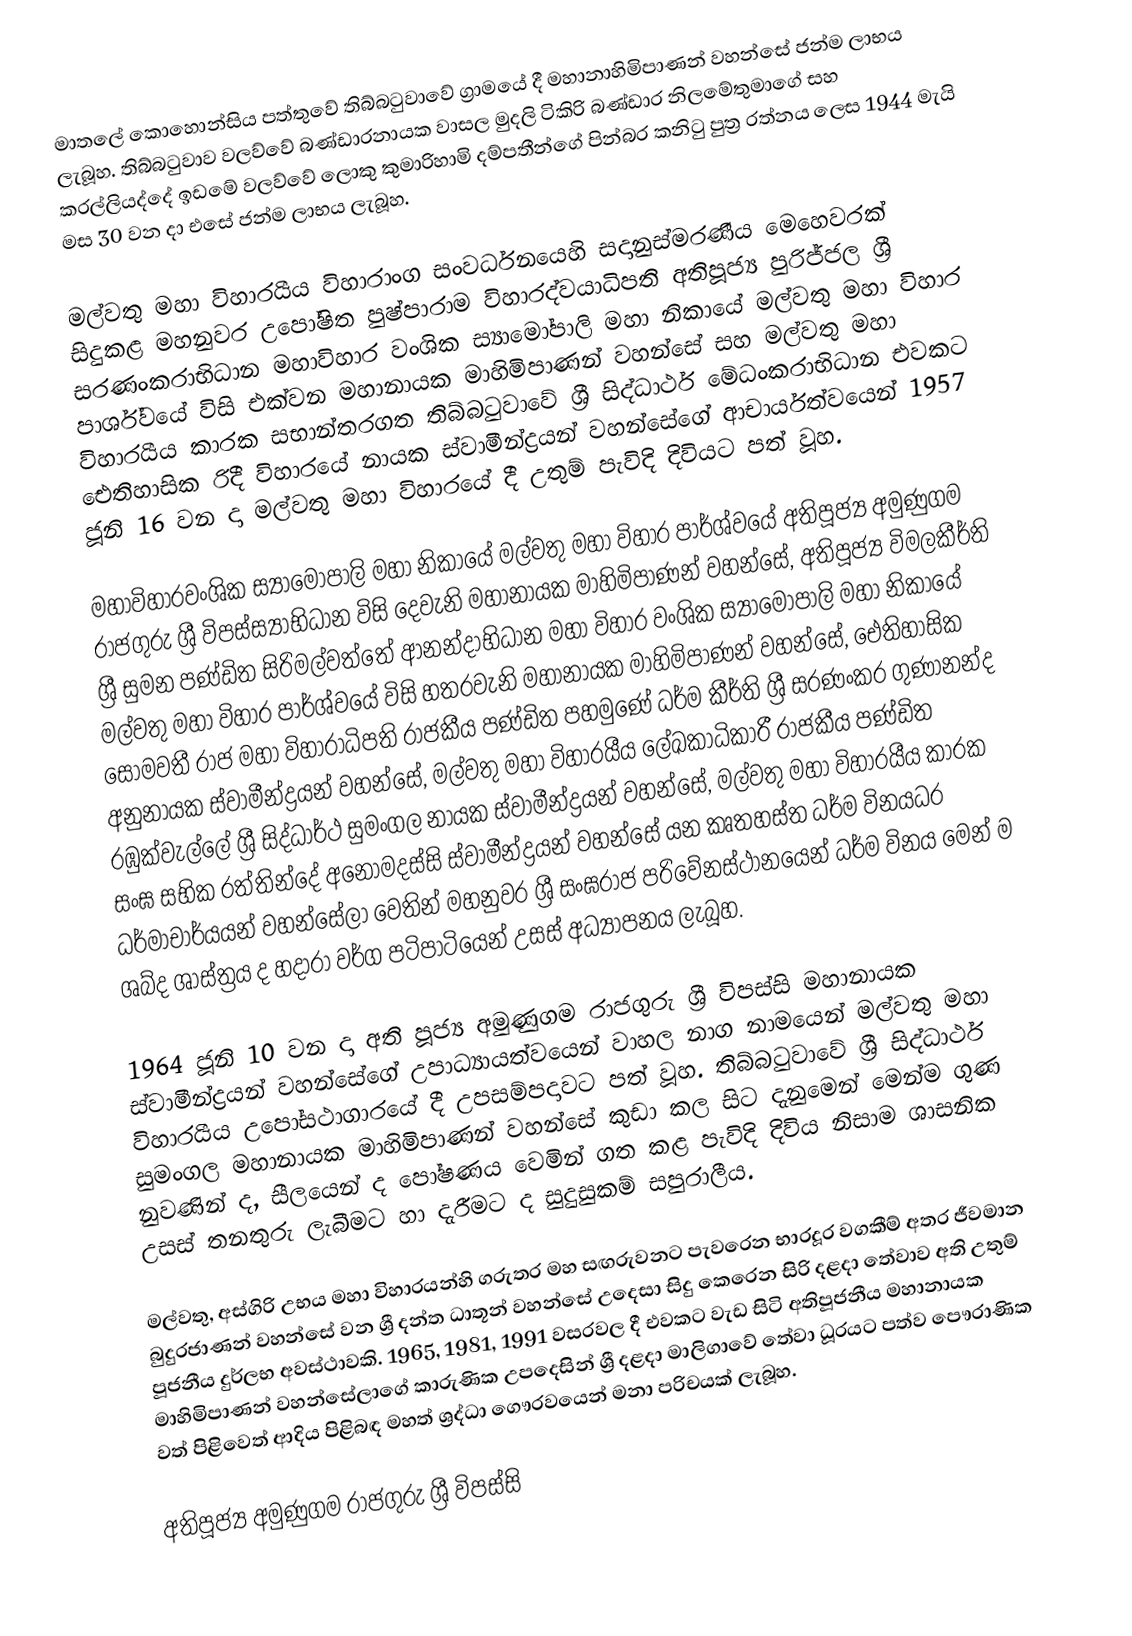
මාතලේ කොහොන්සිය පත්තුවේ තිබ්බටුවාවේ ග්‍රාමයේ දී මහානාහිමිපාණන් වහන්සේ ජන්ම ලාභය ලැබූහ. තිබ්බටුවාව වලව්වේ බණ්ඩාරනායක වාසල මුදලි ටිකිරි බණ්ඩාර නිලමේතුමාගේ සහ කරල්ලියද්දේ ඉඩමේ වලව්වේ ලොකු කුමාරිහාමි දම්පතීන්ගේ පින්බර කනිටු පුත්‍ර රත්නය ලෙස 1944 මැයි මස 30 වන දා එසේ ජන්ම ලාභය ලැබූහ.

මල්වතු මහා විහාරයීය විහාරාංග සංවර්ධනයෙහි සදානුස්මරණීය මෙහෙවරක් සිදුකළ මහනුවර උපෝෂිත පුෂ්පාරාම විහාරද්වයාධිපති අතිපූජ්‍ය පුරිජ්ජල ශ්‍රී සරණංකරාභිධාන මහාවිහාර වංශික ස්‍යාමෝපාලි මහා නිකායේ මල්වතු මහා විහාර පාර්ශ්වයේ විසි එක්වන මහානායක මාහිමිපාණන් වහන්සේ සහ මල්වතු මහා විහාරයීය කාරක සභාන්තරගත තිබ්බටුවාවේ ශ්‍රී සිද්ධාර්ථ මේධංකරාභිධාන එවකට ඓතිහාසික රිදී විහාරයේ නායක ස්වාමීන්ද්‍රයන් වහන්සේගේ ආචාර්යත්වයෙන් 1957 ජූනි 16 වන දා මල්වතු මහා විහාරයේ දී උතුම් පැවිදි දිවියට පත් වූහ.

මහාවිහාරවංශික ස්‍යාමෝපාලි මහා නිකායේ මල්වතු මහා විහාර පාර්ශ්වයේ අතිපූජ්‍ය අමුණුගම රාජගුරු ශ්‍රී විපස්ස්‍යාභිධාන විසි දෙවැනි මහානායක මාහිමිපාණන් වහන්සේ, අතිපූජ්‍ය විමලකීර්ති ශ්‍රී සුමන පණ්ඩිත සිරිමල්වත්තේ ආනන්දාභිධාන මහා විහාර වංශික ස්‍යාමෝපාලි මහා නිකායේ මල්වතු මහා විහාර පාර්ශ්වයේ විසි හතරවැනි මහානායක මාහිමිපාණන් වහන්සේ, ඓතිහාසික සෝමවතී රාජ මහා විහාරාධිපති රාජකීය පණ්ඩිත පහමුණේ ධර්ම කීර්ති ශ්‍රී සරණංකර ගුණානන්ද අනුනායක ස්වාමීන්ද්‍රයන් වහන්සේ, මල්වතු මහා විහාරයීය ලේඛකාධිකාරී රාජකීය පණ්ඩිත රඹුක්වැල්ලේ ශ්‍රී සිද්ධාර්ථ සුමංගල නායක ස්වාමීන්ද්‍රයන් වහන්සේ, මල්වතු මහා විහාරයීය කාරක සංඝ සභික රත්තින්දේ අනෝමදස්සි ස්වාමීන්ද්‍රයන් වහන්සේ යන කෘතහස්ත ධර්ම විනයධර ධර්මාචාර්යයන් වහන්සේලා වෙතින් මහනුවර ශ්‍රී සංඝරාජ පරිවේනස්ථානයෙන් ධර්ම විනය මෙන් ම ශබ්ද ශාස්ත්‍රය ද හදාරා වර්ග පටිපාටියෙන් උසස් අධ්‍යාපනය ලැබූහ.

1964 ජූනි 10 වන දා අති පූජ්‍ය අමුණුගම රාජගුරු ශ්‍රී විපස්සි මහානායක ස්වාමීන්ද්‍රයන් වහන්සේගේ උපාධ්‍යායත්වයෙන් වාහල නාග නාමයෙන් මල්වතු මහා විහාරයීය උපෝසථාගාරයේ දී උපසම්පදාවට පත් වූහ. තිබ්බටුවාවේ ශ්‍රී සිද්ධාර්ථ සුමංගල මහානායක මාහිමිපාණන් වහන්සේ කුඩා කල සිට දැනුමෙන් මෙන්ම ගුණ නුවණින් ද, සීලයෙන් ද පෝෂණය වෙමින් ගත කළ පැවිදි දිවිය නිසාම ශාසනික උසස් තනතුරු ලැබීමට හා දැරීමට ද සුදුසුකම් සපුරාලීය.

මල්වතු, අස්ගිරි උභය මහා විහාරයන්හි ගරුතර මහ සඟරුවනට පැවරෙන භාරදූර වගකීම් අතර ජීවමාන බුදුරජාණන් වහන්සේ වන ශ්‍රී දන්ත ධාතූන් වහන්සේ උදෙසා සිදු කෙරෙන සිරි දළදා තේවාව අති උතුම් පූජනීය දුර්ලභ අවස්ථාවකි. 1965, 1981, 1991 වසරවල දී එවකට වැඩ සිටි අතිපූජනීය මහානායක මාහිමිපාණන් වහන්සේලාගේ කාරුණික උපදෙසින් ශ්‍රී දළදා මාලිගාවේ තේවා ධූරයට පත්ව පෞරාණික වත් පිළිවෙත් ආදිය පිළිබඳ මහත් ශ්‍රද්ධා ගෞරවයෙන් මනා පරිචයක් ලැබූහ.

අතිපූජ්‍ය අමුණුගම රාජගුරු ශ්‍රී විපස්සි